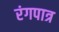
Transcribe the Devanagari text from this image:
रंगपात्र